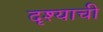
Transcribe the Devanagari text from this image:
दृश्याची